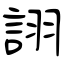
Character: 詡